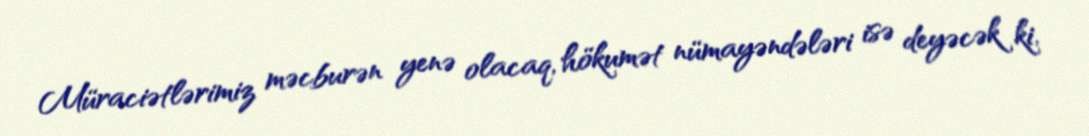
Müraciətlərimiz məcburən yenə olacaq, hökumət nümayəndələri isə deyəcək ki,